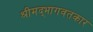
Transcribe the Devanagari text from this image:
श्रीमद्‌भागवतकार